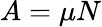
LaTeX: A=\mu N